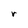
Character: r